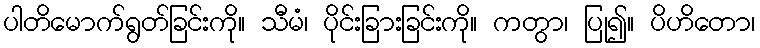
ပါတိမောက်ရွတ်ခြင်းကို။ သီမံ၊ ပိုင်းခြားခြင်းကို။ ကတွာ၊ ပြု၍။ ပိဟိတော၊